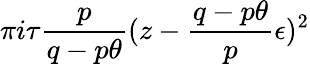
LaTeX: \pi i\tau\frac{p}{q-p\theta}(z-\frac{q-p\theta}{p}\epsilon)^{2}